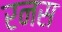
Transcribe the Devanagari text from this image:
रनस